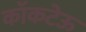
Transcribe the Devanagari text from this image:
कॉकटेऊ